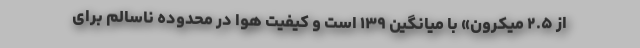
از ۲.۵ میکرون» با میانگین ۱۳۹ است‌ و کیفیت هوا در محدوده ناسالم برای